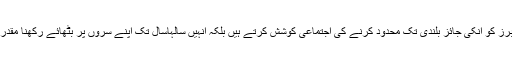
ہم نہ صرف سوشل کلائیمبرز کو انکی جائز بلندی تک محدود کرنے کی اجتماعی کوشش کرتے ہیں بلکہ انہیں سالہاسال تک اپنے سروں پر بٹھائے رکھنا مقدر کا فیصلہ سمجھ لیتے ہیں۔